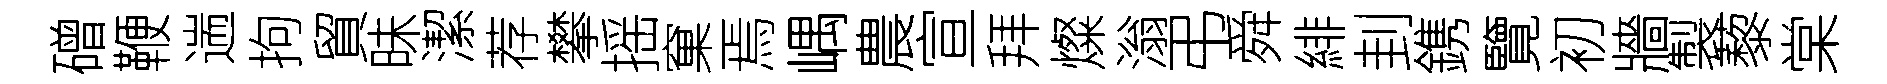
磳鞭遄拘貿昧潔荐攀摇窠焉嵎農宣拜燦滃弔舜緋刲鎸覽初牆製藜棠